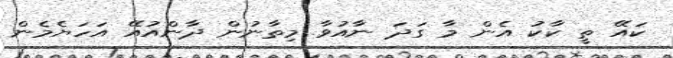
ކައޭ ތީ ކާކު އެން މާ ގަދަ ނާއުވާ މިތާނުން ދާންއުއޭ އަހަޔެމެން